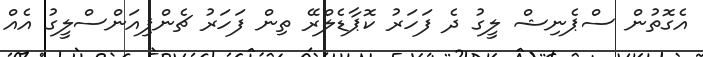
އެގޮތުން ސްޕެނިޝް ލީގު ދެ ފަހަރު ކޮޕާޑެލްރޭ ތިން ފަހަރު ޗެންޕިއަންސްލީގު އެއް